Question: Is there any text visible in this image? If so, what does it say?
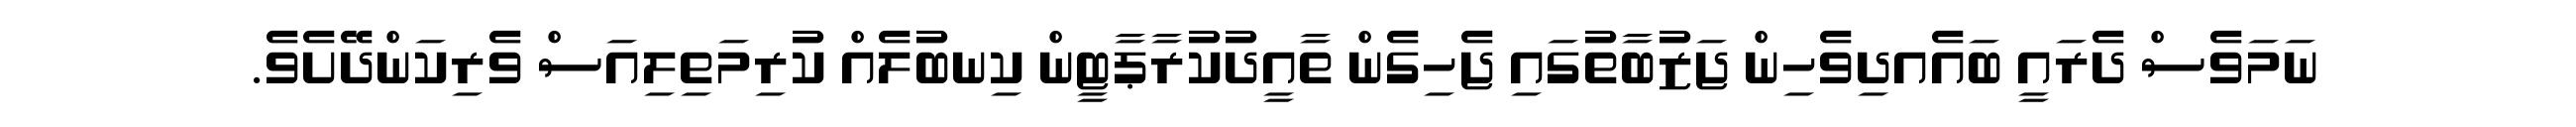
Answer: ނަމަވެސް ދެރައީ ބައެއދިވެހިން ޖަޒުބާތުގައި ޖެހިގެން ތާއީދުކުރާޕާޓީން ކިނބުލެއް ކުރިމަތިލިއަސް ވެރިކަންދޭށެވެ.